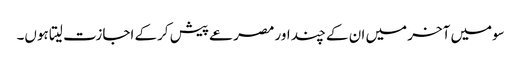
سومیں آخر میں ان کے چند اور مصرعے پیش کرکے اجازت لیتا ہوں۔